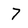
Character: 7